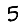
Digit: 5